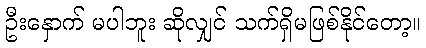
ဦးနှောက် မပါဘူး ဆိုလျှင် သက်ရှိမဖြစ်နိုင်တော့။